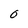
Character: O